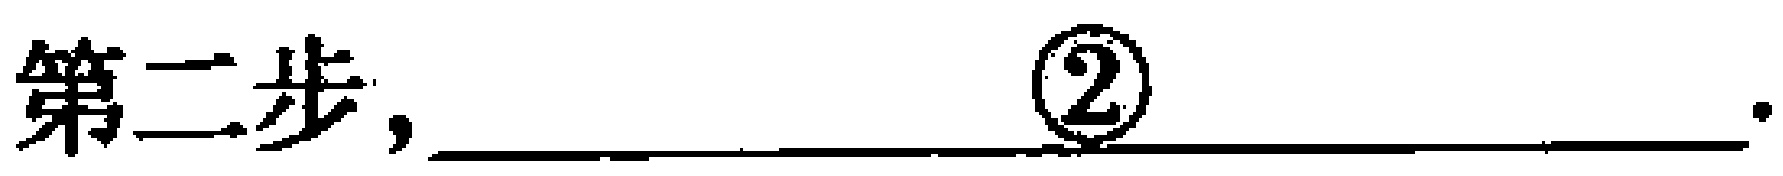
第二步，\underline{\qquad}\textcircled{2}\underline{\qquad}.